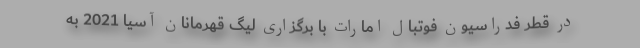
در قطر فدراسیون فوتبال امارات با برگزاری لیگ قهرمانان آسیا 2021 به